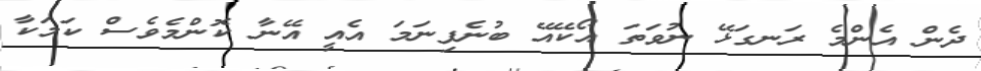
ދެން އެންމެ ރަނގަޅޭ ނުވަތަ އޯކޭއޭ ބުނެފިނަމަ އެއީ އޭނާ ކޮންމެވެސް ކަމަކާ